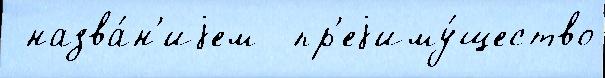
 назва́н'иjем  пр'еjиму́щество